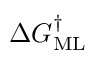
\Delta G _ { \mathrm { M L } } ^ { \dagger }